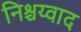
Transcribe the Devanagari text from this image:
निश्चय्वाद